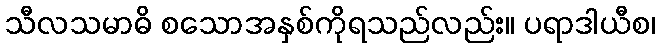
သီလသမာဓိ စသောအနှစ်ကိုရသည်လည်း။ ပရာဒါယီစ၊